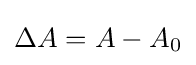
{\Delta }A=A-A_{0}